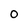
Character: 0